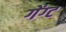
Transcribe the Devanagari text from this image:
गेंग्ट